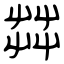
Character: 茻